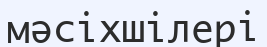
мәсіхшілері